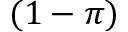
( 1 - \pi )